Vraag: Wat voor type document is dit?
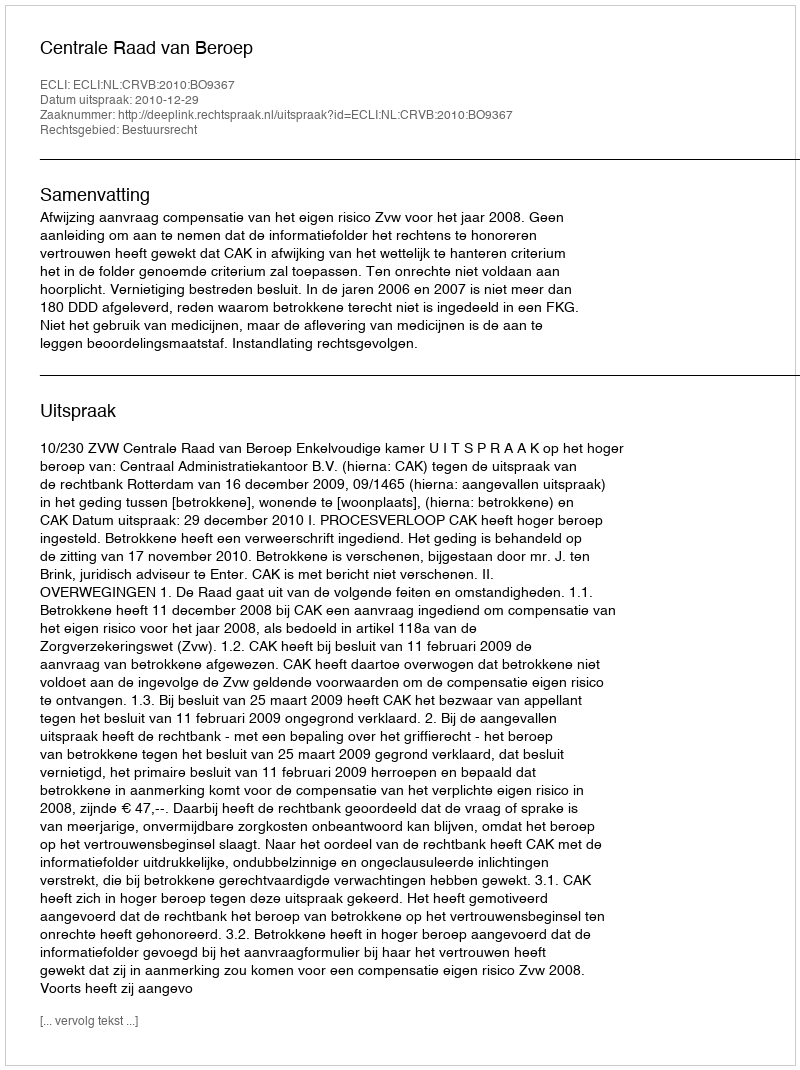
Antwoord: Uitspraak